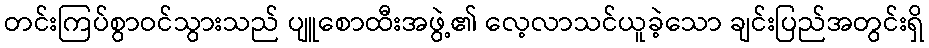
တင်းကြပ်စွာဝင်သွားသည် ပျူစောထီးအဖွဲ့၏ လေ့လာသင်ယူခဲ့သော ချင်းပြည်အတွင်းရှိ